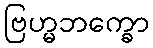
ဗြဟ္မဘက္ခော